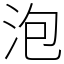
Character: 泡